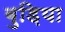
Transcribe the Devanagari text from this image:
बुड़िया